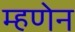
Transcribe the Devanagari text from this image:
म्हणेन